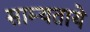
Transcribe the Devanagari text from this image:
साम्यताये